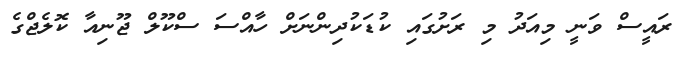
ރައީސް ވަނީ މިއަދު މި ރަށުގައި ކުޑަކުދިންނަށް ހާއްސަ ސްކޫލް ޖޫނިއާ ކޮލެޖްގެ